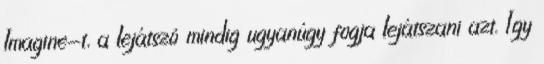
Imagine-t, a lejátszó mindig ugyanúgy fogja lejátszani azt. Így